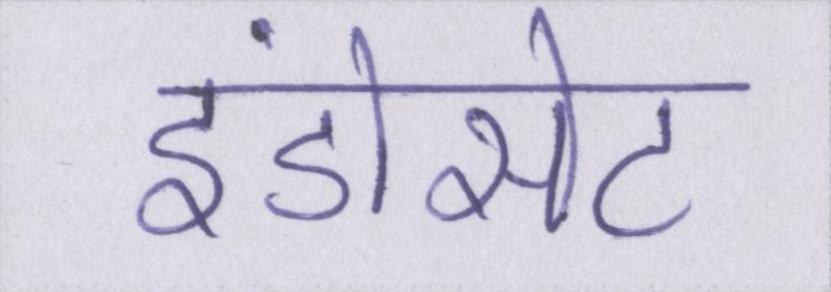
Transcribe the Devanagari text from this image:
इंडोसेट